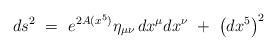
LaTeX: \begin{align*}ds^2\ =\ e^{2 A(x^5)} \eta_{\mu\nu}\, dx^\mu dx^\nu\ +\ \left( dx^5 \right)^2\end{align*}